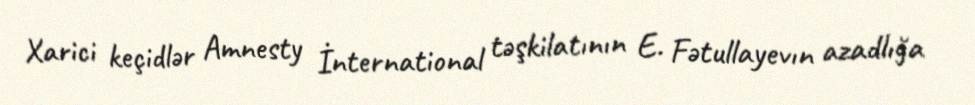
Xarici keçidlər Amnesty İnternational təşkilatının E. Fətullayevın azadlığa